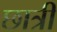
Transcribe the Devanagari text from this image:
छात्री